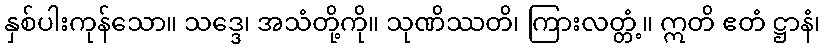
နှစ်ပါးကုန်သော။ သဒ္ဒေ၊ အသံတို့ကို။ သုဏိဿတိ၊ ကြားလတ္တံ့။ ဣတိ ဧတံ ဋ္ဌာနံ၊